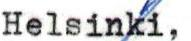
Helsinki,